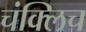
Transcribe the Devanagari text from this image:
चंक्लिच